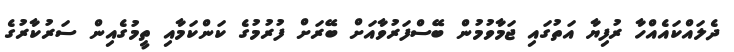
ދެލައްކައެއްހާ ރުފިޔާ އަތުގައި ޖަމާވުމުން ބޭސްފަރުވާއަށް ބޭރަށް ފުރުމުގެ ކަންކަމާއި ތީމުގެއިން ސަރުކާރުގެ